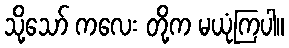
သို့သော် ကလေး တို့က မယုံကြပါ။